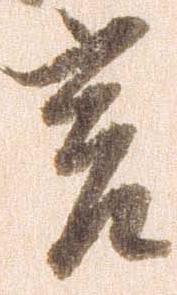
言